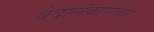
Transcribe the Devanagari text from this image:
वेदालंकारांच्या